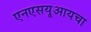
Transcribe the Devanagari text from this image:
एनएसयूआयचा